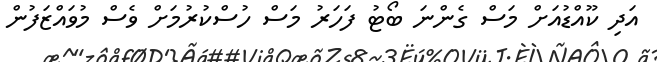
އަދި ކޫއްޑުއަށް މަސް ގެންނަ ބޯޓު ފަހަރު މަސް ހުސްކުރުމަށް ވެސް މުވައްޒަފުން